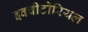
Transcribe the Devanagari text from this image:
इक्वीटोरियल